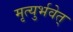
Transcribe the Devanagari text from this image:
मृत्युर्भवेत्